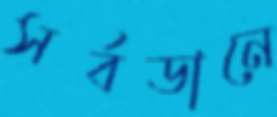
সর্বডানে